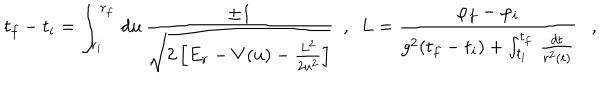
t _ { f } - t _ { i } = \int _ { r _ { i } } ^ { r _ { f } } \, d u \, \frac { \pm 1 } { \sqrt { 2 \left[ E _ { r } - V ( u ) - \frac { L ^ { 2 } } { 2 u ^ { 2 } } \right] } } \ \ , \ \ L = \frac { \varphi _ { f } - \varphi _ { i } } { g ^ { 2 } ( t _ { f } - t _ { i } ) + \int _ { t _ { i } } ^ { t _ { f } } \, \frac { d t } { r ^ { 2 } ( t ) } } \ \ \ ,